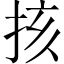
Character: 㧡